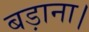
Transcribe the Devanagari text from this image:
बड़ाना।